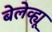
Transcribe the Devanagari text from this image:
बेलेव्ह्यू